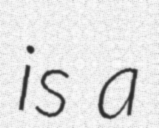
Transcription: is a